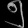
Digit: ၅